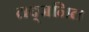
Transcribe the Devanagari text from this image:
तद्जनित